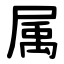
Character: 属